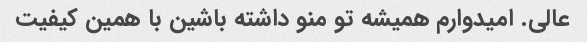
عالی. امیدوارم همیشه تو منو داشته باشین با همین کیفیت